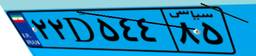
۷۷D۲۴۳۱۸